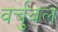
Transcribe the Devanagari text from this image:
वर्चुवल